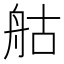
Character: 䑩